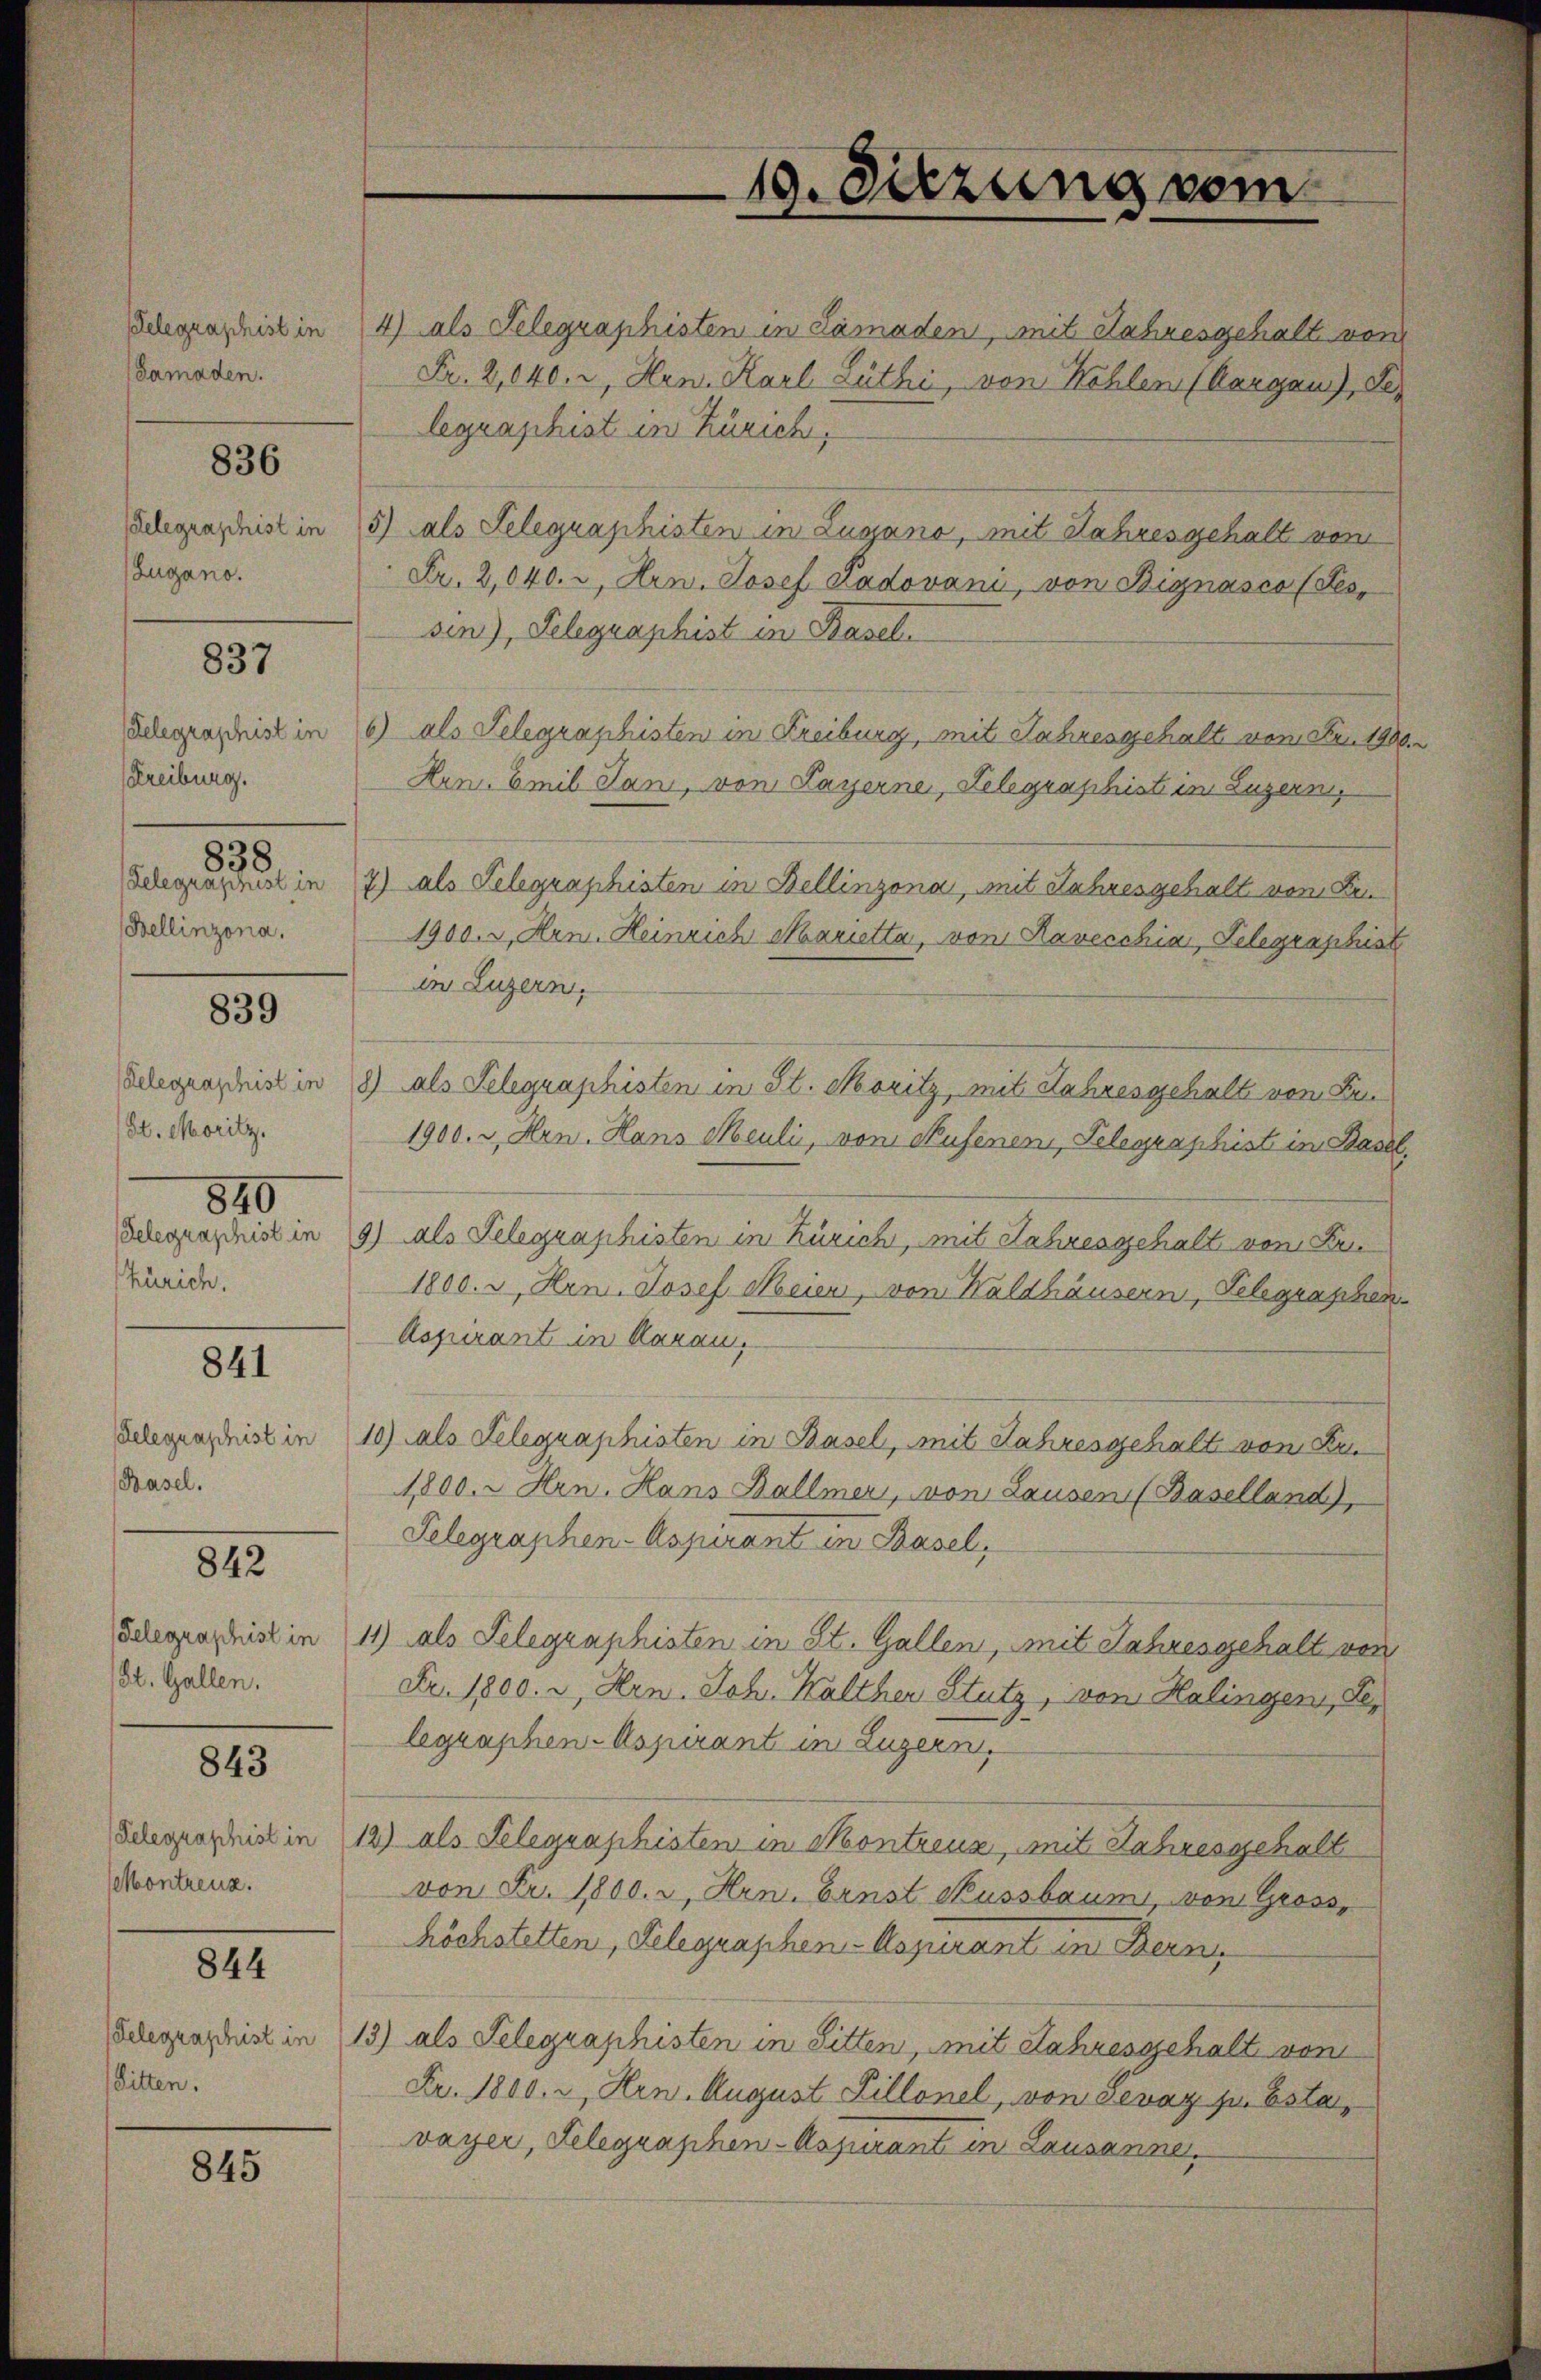
delegraphist in
(Samaden.

836

elegraphist in
Zugano.

837

Gelegraphist in
Freiburg.
838
Gelegraschust in
Bellinzona.

839

Relegraphist in
(St. Moritz.
840
Gelegraschist in
Zürich.

841

delegraphist in
(Basel.

842

Gelegraphist in
St. Gallen.

843

Gelegraphist in
Montreuz.

844

Gelegraphist in
(Litten.

845

19. Sitzung vom

4) als Telegraphisten in Lamaden, mit Jahresgehalt von
Fr. 2,040., Hrn. Karl Luthi, von Kohlen (Aargau), Se
legraphist in Zürich,
5) als Selegraphisten in Zugano, mit Jahresgehalt vom
Fr. 2,040. c. Hrn. Josef Ladovani, von Bignasco (Tessen), Telegraphist in Basel
5) als Telegraschisten in Freiburg, mit Jahresgehalt von Fr. 1900
Hen Emil Jani, von Layerne, Telegraphist in Luzern,
7) als Telegraphisten in Bellinzona, mit Jahresgehalt vom Fen¬
1900. v. Hrn. Heinrich Marietta, von Ravecchia, Telegraphist
in Luzern,
8) als Telegraphisten in St. Moritz, mit Jahresgehalt von Fr
1900. u Hrn. Hans Meuli, von Aufenen, Telegraphist in Basel,
9) als Telegraphisten in Zürich, mit Jahresgehalt von Fri
1800. u Hen. Josef Meien, von Waldhäusern, Telegraphen
Aspirant in Aarau
10) als Telegraphisten in Basel, mit Jahresgehalt von Ke
1,800. u Hrn. Hans Ballmer, von Lausen (Baselland),
Telegraphen- Aspirant in Basel,
11) als Selegraphisten in St. Gallen, mit Jahresgehalt von
Fr. 1800. u Hrn. Joh. Walther Stutz, von Halingen, Lelegraphen-Aspirant in Luzern,
12) als Telegraphisten in Montreuz, mit Jahresgehalt
von Fr. 1800. v. Hrn. Fenst Kussbaum, von Gross,
höchstetten, Gelegraphen-Asjurant in Bern,
13) als Telegraphisten in Sitten, mit Jahresgehalt vom
Fr. 1800. u Hrn. August Sillonel, von devaz p. Esta,
vayer, Telegraphen-Assurant in Lausanne,